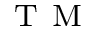
^ { \mathrm { ~ T ~ M ~ } }